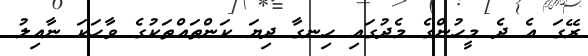
ރޭގަ އެ ދެ މީހުންގެ މެދުގައި ހިނގާ ދިޔަ ކަންތައްތަކުގެ ވާހަކަ ނާއިލު